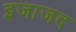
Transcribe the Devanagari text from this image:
इजाजद